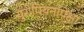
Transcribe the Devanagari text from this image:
युरोपियनांपेक्षा